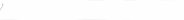
٥٤